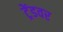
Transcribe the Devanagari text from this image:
ट्रेंडवर